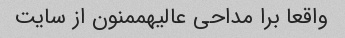
واقعا برا مداحی عالیهممنون از سایت